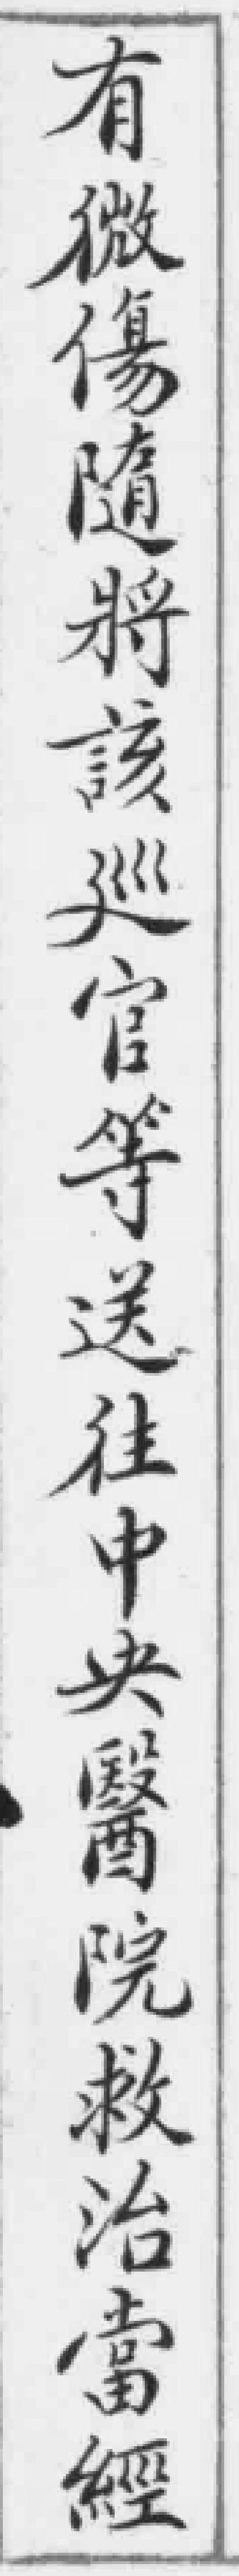
有微傷隨將該巡官等送往中央醫院救治當經